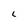
Character: L